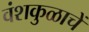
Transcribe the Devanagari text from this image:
वंशकुळाचें